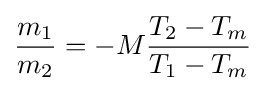
{\frac {m_{1}}{m_{2}}}=-M{\frac {T_{2}-T_{m}}{T_{1}-T_{m}}}